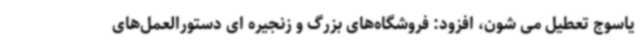
یاسوج تعطیل می شون، افزود: فروشگاه‌های بزرگ و زنجیره ای دستورالعمل‌های